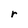
Character: r